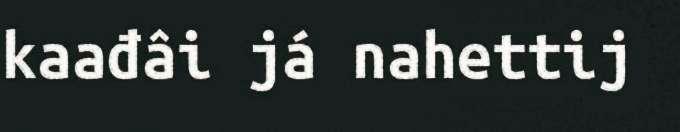
kaađâi já nahettij